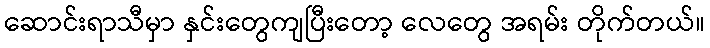
ဆောင်းရာသီမှာ နှင်းတွေကျပြီးတော့ လေတွေ အရမ်း တိုက်တယ်။